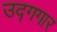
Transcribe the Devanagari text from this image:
उद्गगार